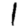
Digit: 1